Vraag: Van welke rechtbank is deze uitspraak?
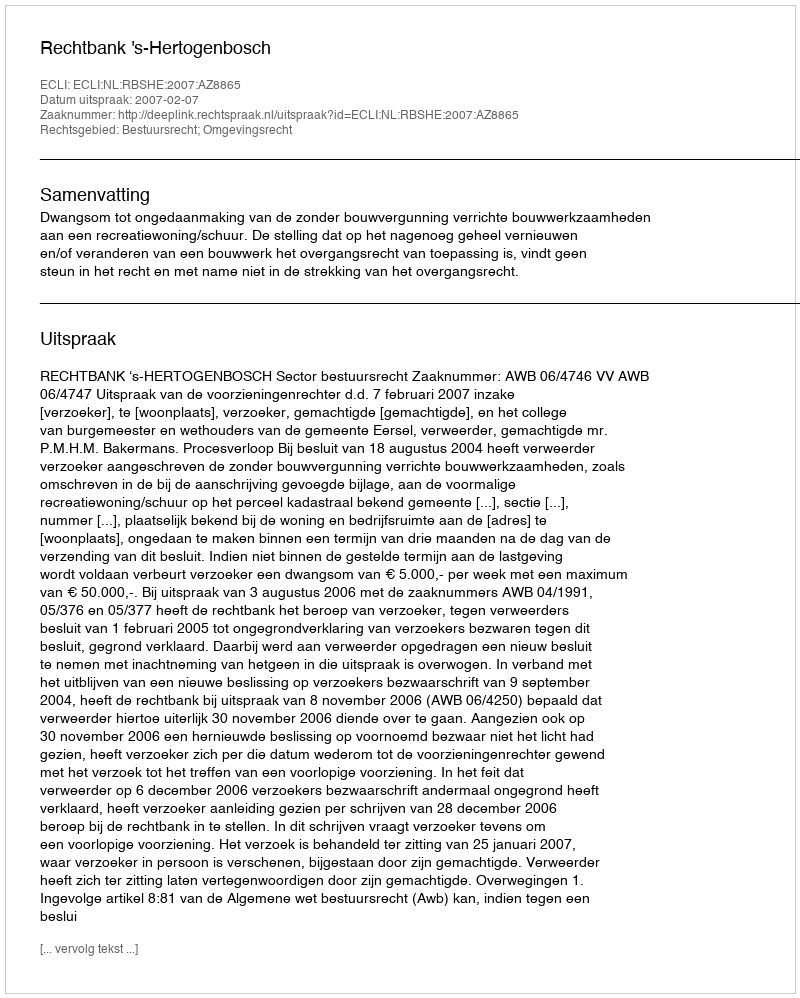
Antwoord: Rechtbank 's-Hertogenbosch